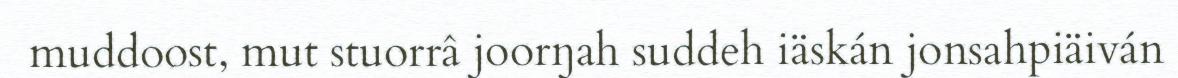
muddoost, mut stuorrâ joorŋah suddeh iäskán jonsahpiäiván